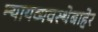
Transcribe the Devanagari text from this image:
न्यायव्यवस्थेबाहेर